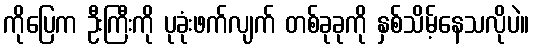
ကိုပြေက ဦးကြီးကို ပုခုံးဖက်လျက် တစ်ခုခုကို နှစ်သိမ့်နေသလိုပဲ။